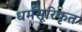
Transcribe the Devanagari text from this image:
धर्मसूरिकृत